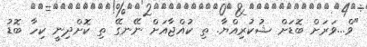
"ވް...ވަރަށް ބޮޑަށް ޝުކުރިއްޔާ. ތި ކުއްޖާއަށް ނޭނގޭ ތި ކޮށްދިނީ ކިހާ ބޮޑު